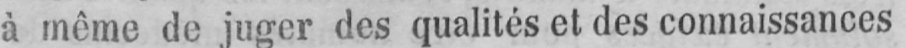
à même de juger des qualités et des connaissances